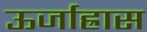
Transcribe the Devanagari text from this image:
ऊर्जाह्रास